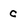
Character: c